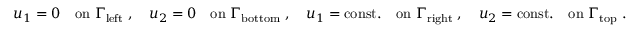
u _ { 1 } = 0 \quad \mathrm { o n ~ } \Gamma _ { \mathrm { l e f t } } \; , \quad u _ { 2 } = 0 \quad \mathrm { o n ~ } \Gamma _ { \mathrm { b o t t o m } } \; , \quad u _ { 1 } = \mathrm { c o n s t . } \quad \mathrm { o n ~ } \Gamma _ { \mathrm { r i g h t } } \; , \quad u _ { 2 } = \mathrm { c o n s t . } \quad \mathrm { o n ~ } \Gamma _ { \mathrm { t o p } } \; .